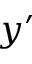
y ^ { \prime }